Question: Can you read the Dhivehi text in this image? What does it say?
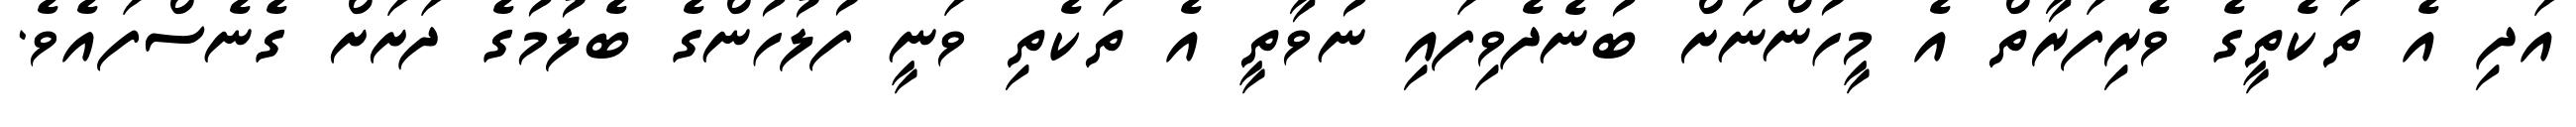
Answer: އަދި އެ ތަކެތީގެ ވެރިފަރާތް އެ މީހުންނަށް ބުނެދެވިފައި ނުވާތީ އެ ތަކެތި ވަނީ ފުލުހުންގެ ބެލުމުގެ ދަށަށް ގެނެސްފައެވެ.